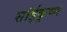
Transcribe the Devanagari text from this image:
सांईकृष्‍ण